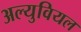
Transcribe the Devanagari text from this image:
अल्युवियल